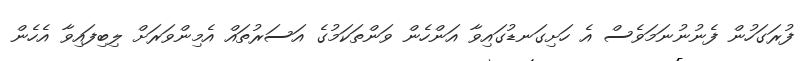
ފުރަގަހުން ފެނުނުނަމަވެސް އެ ހަށިގަނޑުގައިވާ އަންހެން ވަންތަކަމުގެ އަސަރުތައް އެމިންވަރަށް ލިބިފައިވާ އެހެން